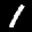
Label: 1